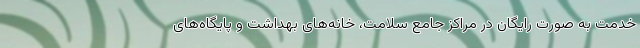
خدمت به صورت رایگان در مراکز جامع سلامت، خانه‌های بهداشت و پایگاه‌های